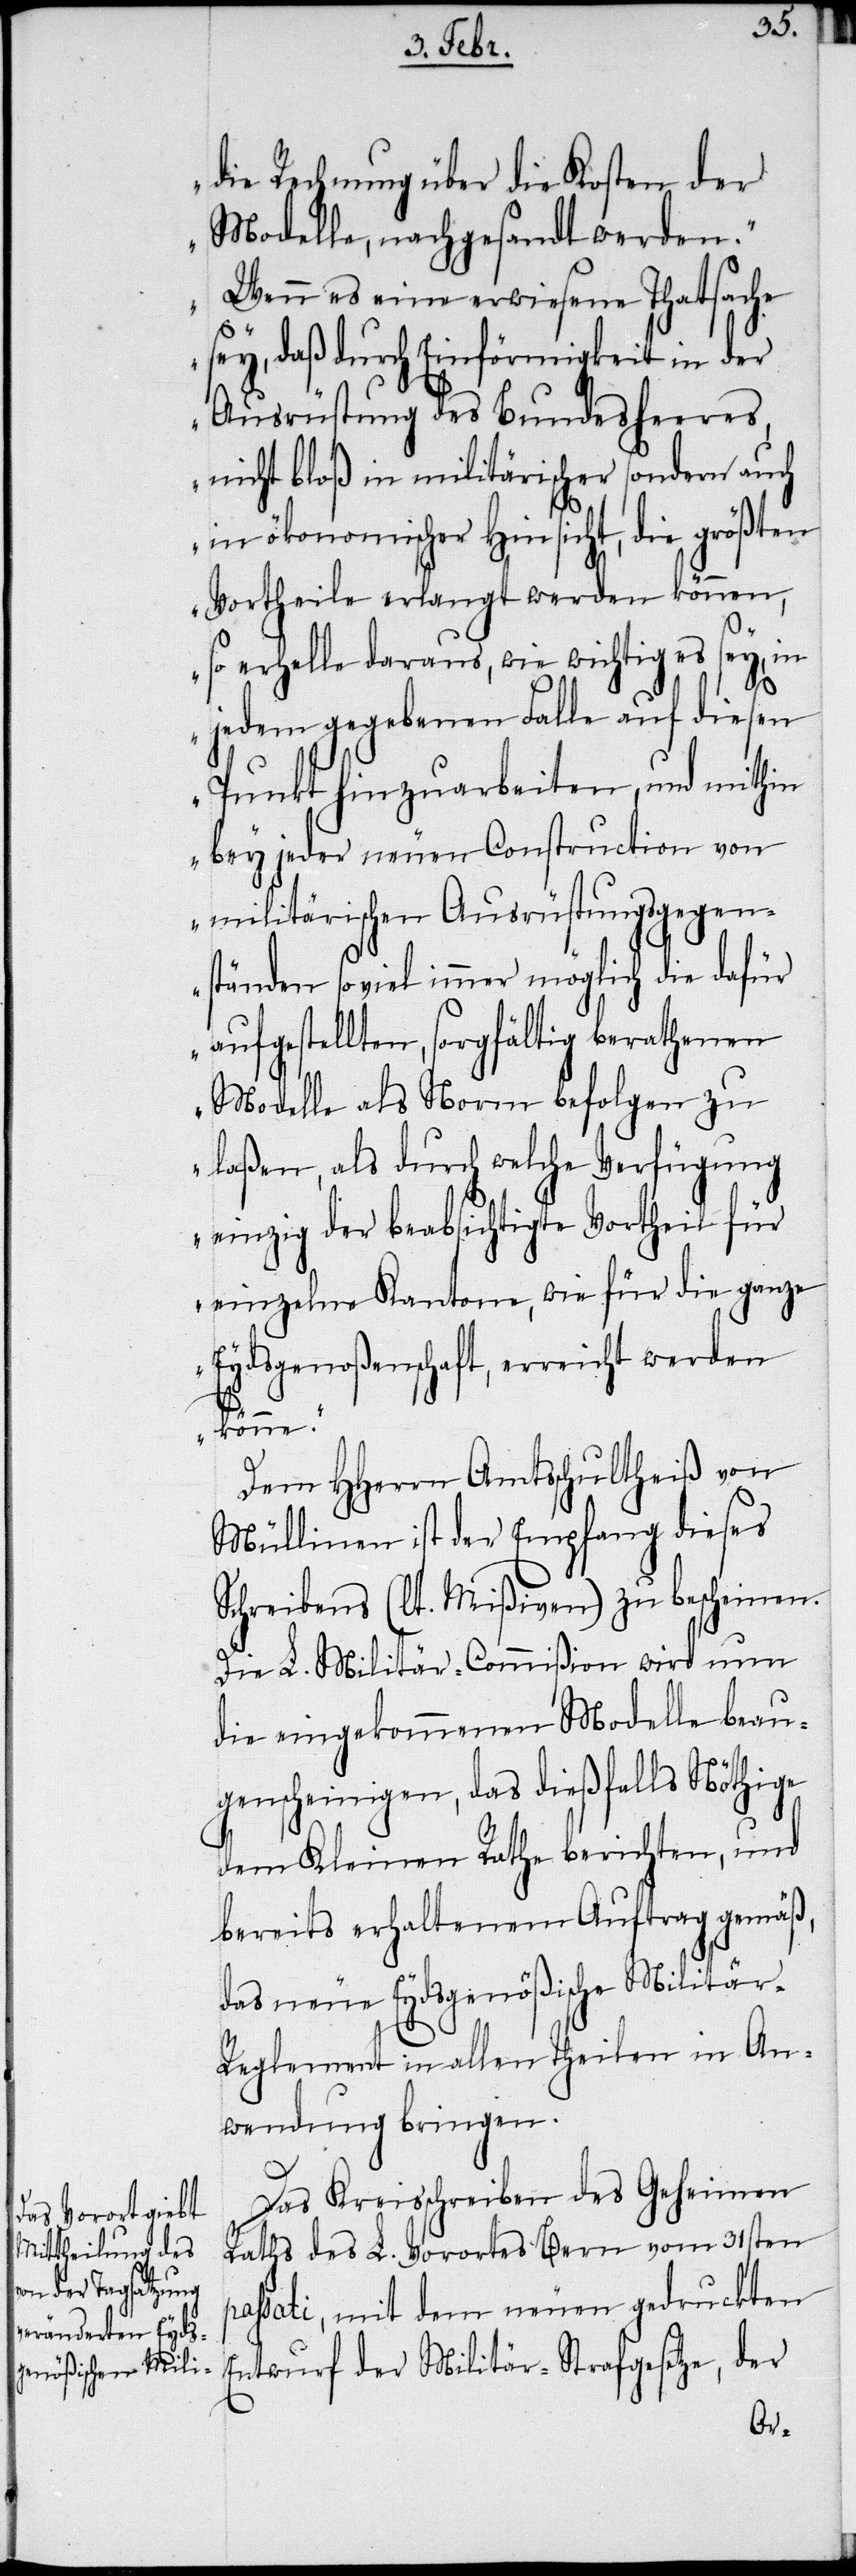
die Rechnung über die Kosten der
Modelle, nachgesandt werden.
Wenn es eine erwiesene Thatsache
sey, daß durch Einförmigkeit in der
Ausrüstung des Bundesheeres,
nicht bloß in militärischer sondern auch
in ökonomischer Hinsicht, die größten
Vortheile erlangt werden können,
so erhelle daraus, wie wichtig es sey, in
jedem gegebenen Falle auf diesen
Punkt hinzuarbeiten, und mithin
bey jeder neuen Construction von
militärischen Ausrüstungsgegen¬
ständen so viel immer möglich die dafür
aufgestellten, sorgfältig berathenen
Modelle als Norm befolgen zu
laßen, als durch welche Verfügung
einzig der beabsichtigte Vortheil für
einzelne Kantone, wie für die ganze
Eydsgenoßenschaft, erreicht werden
p¬
könne.“
Dem HHerrn Amtsschultheiß von
Müllinen ist der Empfang dieses
Schreibens (lt. Mißiven) zu bescheinen.
Die L. Militär-Commißion wird nun
die eingekommenen Modelle beau¬
genscheinigen, das dießfalls Nöthige
dem Kleinen Rathe berichten, und
bereits erhaltenem Auftrag gemäß,
das neue Eydsgenößische Militär-R¬
eglement in allen Theilen in An¬
wendung bringen.
Das Kreisschreiben des Geheimen
Raths des L. Vorortes Bern vom 31sten
assati, mit dem neuen gedruckten
Entwurf der Militär-Strafgesetze, der